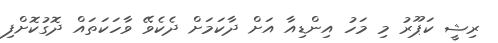
ރިޝީ ކަޕޫރު މި މަހު އިންޑިއާ އަށް ދާކަމަށް ދެކެވޭ ވާހަކަތައް ދޮގުކޮށްފި